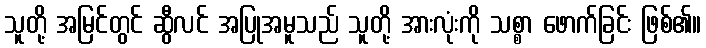
သူတို့ အမြင်တွင် ဆွီလင် အပြုအမူသည် သူတို့ အားလုံးကို သစ္စာ ဖောက်ခြင်း ဖြစ်၏။